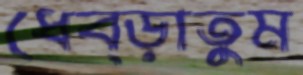
ধেব্‌ড়াতুম